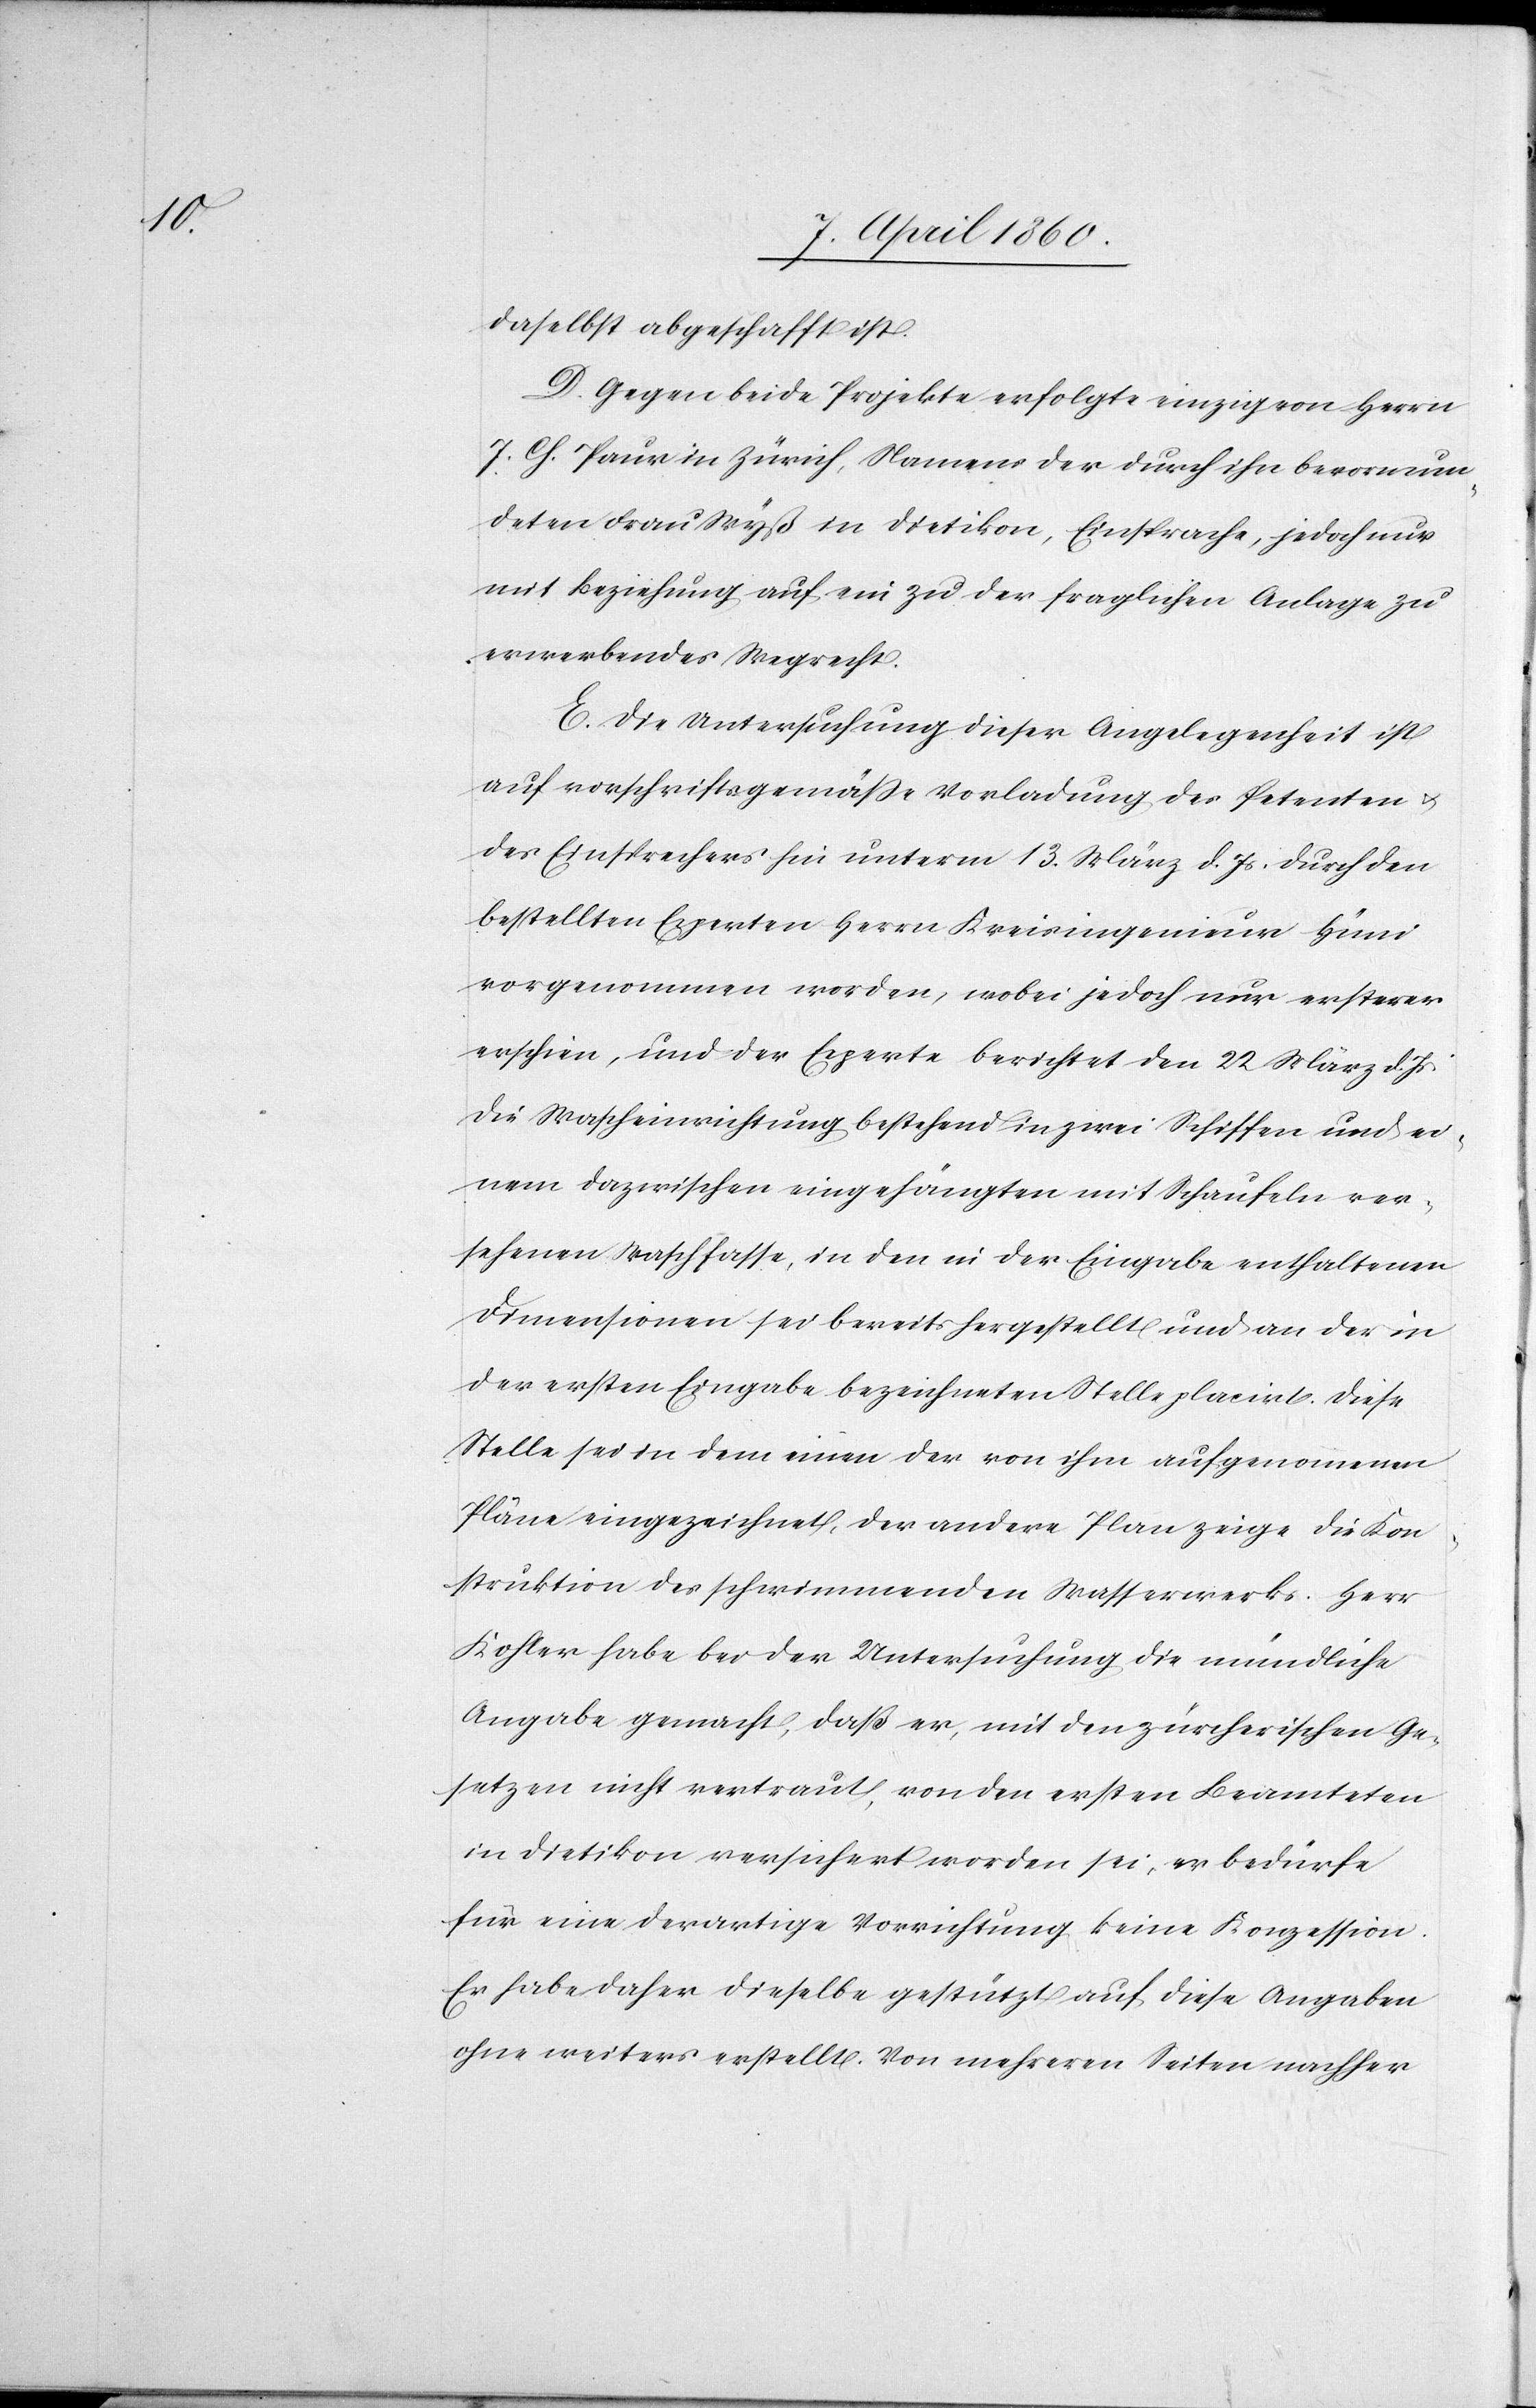
daselbst abgeschafft ist.
D. Gegen beide Projekte erfolgte einzig von Herrn
J. Ch. Paur in Zürich, Namens der durch ihn bevormun¬
deten Frau Wyß in Dietikon, Einsprache, jedoch nur
mit Beziehung auf ein zu der fraglichen Anlage zu
erwerbendes Wegrecht.
E. Die Untersuchung dieser Angelegenheit ist
auf vorschriftsgemässe Vorladung der Petenten u.
des Einsprechers hin unterm 13. März d. Js. durch den
bestellten Experten Herrn Kreisingenieur Hüni
vorgenommen worden, wobei jedoch nur ersterer
erschien, und der Experte berichtet den 22. März d. Js.
die Wascheinrichtung bestehend in zwei Schiffen und ei¬
nem dazwischen eingehängten mit Schaufeln ver¬
sehenen Waschfasse, in den in der Eingabe enthaltenen
Dimensionen sei bereits hergestellt und an der in
der ersten Eingabe bezeichneten Stelle placirt. Diese
Stelle sei in dem einen der von ihm aufgenommenen
Pläne eingezeichnet, der andere Plan zeige die Kon¬
struktion des schwimmenden Wasserwerks. Herr
Kohler habe bei der Untersuchung die mündliche
Angabe gemacht, daß er, mit den zürcherischen Ge¬
setzen nicht vertraut, von den ersten Beamteten
in Dietikon versichert worden sei, er bedürfe
für eine derartige Vorrichtung keine Konzession.
Er habe daher dieselbe gestützt auf diese Angaben
ohne weiters erstellt. Von mehreren Seiten nachher